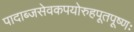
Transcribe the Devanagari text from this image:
पादाब्जसेवकपयोरुहपूतपूष्णः